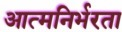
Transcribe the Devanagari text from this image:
आत्‍मनिर्भरता